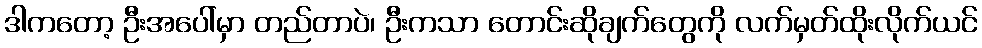
ဒါကတော့ ဦးအပေါ်မှာ တည်တာပဲ၊ ဦးကသာ တောင်းဆိုချက်တွေကို လက်မှတ်ထိုးလိုက်ယင်